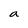
Character: a